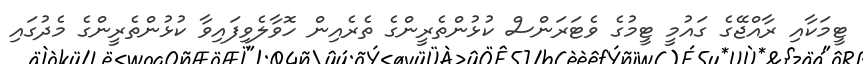
ޓީމަކާއި ރާއްޖޭގެ ގައުމީ ޓީމުގެ ވެޓަރަންސް ކުޅުންތެރީންގެ ތެރެއިން ހޮވާލެވިފައިވާ ކުޅުންތެރީންގެ މެދުގައި